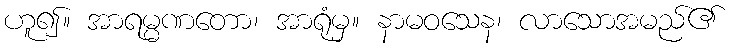
ဟူ၍။ အာရမ္မဏတော၊ အာရုံမှ။ နာမဝသေန၊ လာသောအမည်၏